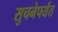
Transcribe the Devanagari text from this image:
सुचनेपर्यंत